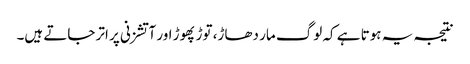
نتیجہ یہ ہوتا ہے کہ لوگ مار دھاڑ، توڑ پھوڑ اور آتشزنی پر اتر جاتے ہیں۔